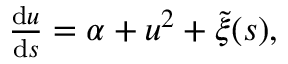
\begin{array} { r } { \frac { \mathrm { d } u } { \mathrm { d } s } = \alpha + u ^ { 2 } + \tilde { \xi } ( s ) , } \end{array}